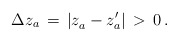
\begin{align*}\Delta z_a \,=\, \left|z_a^{} - z_a'\right|\,>\, 0\,.\end{align*}